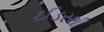
ઈડરથી